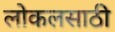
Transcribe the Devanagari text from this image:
लोकलसाठी